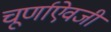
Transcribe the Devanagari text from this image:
चूर्णाऐवजी